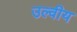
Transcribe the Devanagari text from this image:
उल्वीय